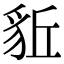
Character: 𧲰